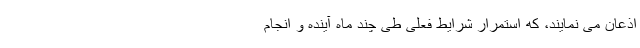
اذعان می ­نمایند، که استمرار شرایط فعلی طی چند ماه آینده و انجام